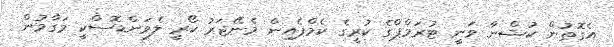
އެގޮތުން ކުޝްނާ ވަނީ ޓުރަމްޕްގެ ކުރީގެ ކެމްޕެއިން މެނޭޖަރު ކޯރީ ލެވަންޑޮސްކީ މަގާމުން